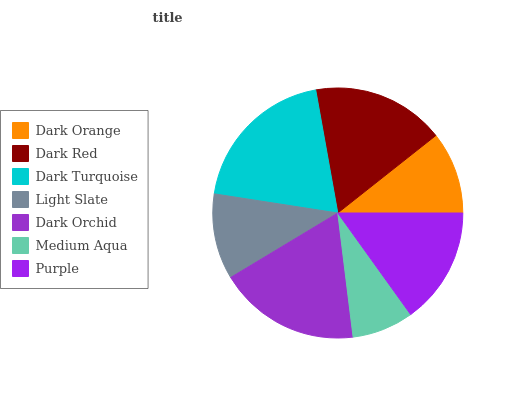
| Dark Orange | Dark Red | Dark Turquoise | Light Slate | Dark Orchid | Medium Aqua | Purple |
 | --- | --- | --- | --- | --- | --- | --- |
 | 10.6% | 17.2% | 19.7% | 11.1% | 18.3% | 7.96% | 15.1% |